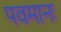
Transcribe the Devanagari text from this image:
पवमानः